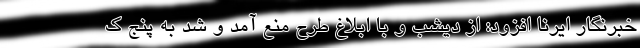
خبرنگار ایرنا افزود: از دیشب و با ابلاغ طرح منع آمد و شد به پنج ک